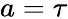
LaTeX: a=\tau